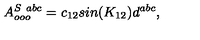
A _ { o o o } ^ { S \ a b c } = c _ { 1 2 } s i n ( K _ { 1 2 } ) d ^ { a b c } ,